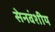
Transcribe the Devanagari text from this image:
सेनवंशीय